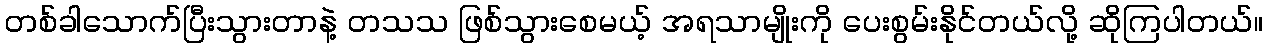
တစ်ခါသောက်ပြီးသွားတာနဲ့ တသသ ဖြစ်သွားစေမယ့် အရသာမျိုးကို ပေးစွမ်းနိုင်တယ်လို့ ဆိုကြပါတယ်။